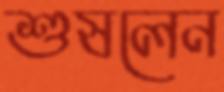
শুষলেন